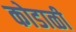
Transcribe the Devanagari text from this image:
कोडाळी